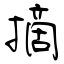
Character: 摘